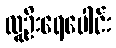
လူဦးရေပေါင်း